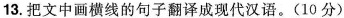
13把文中画横线的子副译成现代汉语。(10 分)